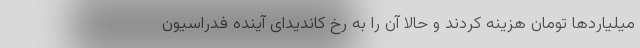
میلیاردها تومان هزینه کردند و حالا آن را به رخ کاندیدای آینده فدراسیون